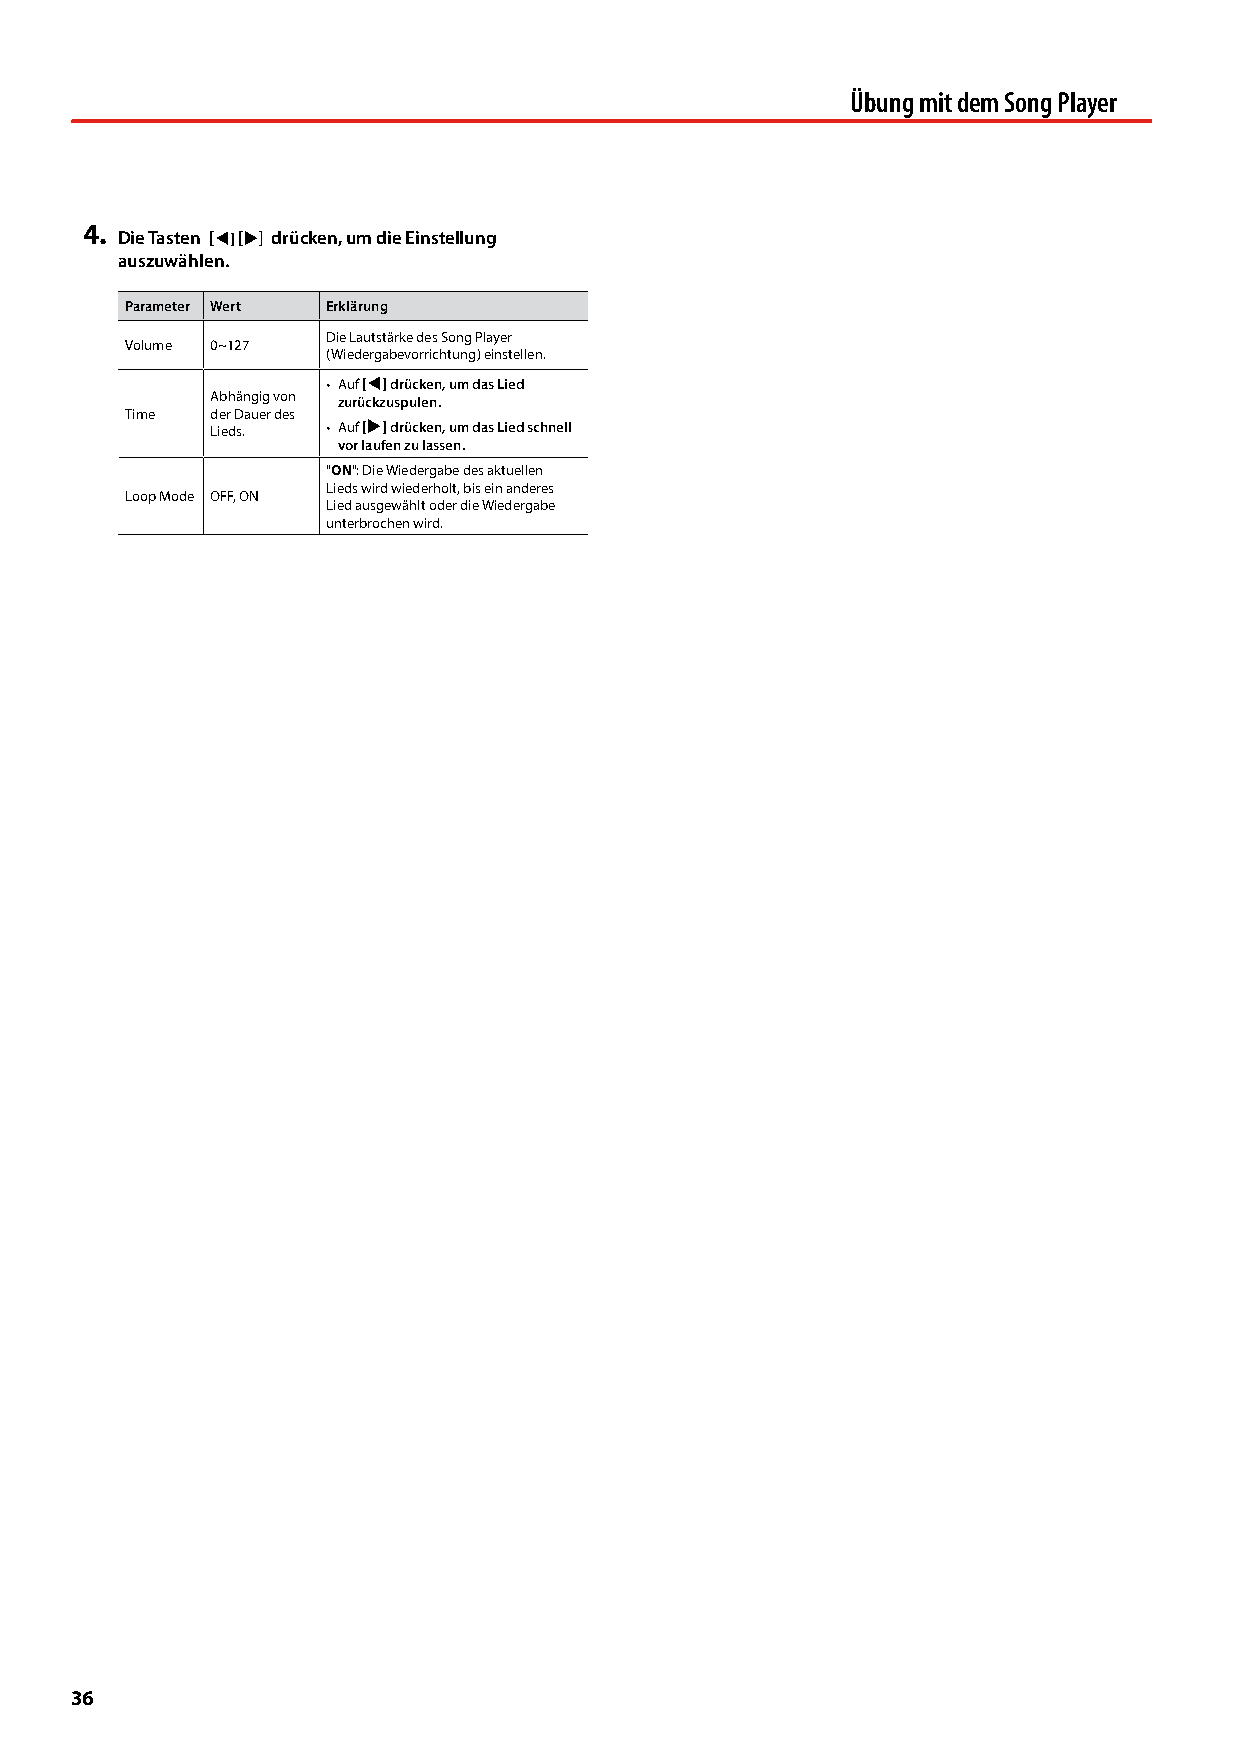
Übung mit dem Song Player
 4.
 Die Tasten [] [] drücken, um die Einstellung
 auszuwählen.
 Parameter Wert Erklärung
 Die Lautstärke des Song Player
 Volume 0~127
 (Wiedergabevorrichtung) einstellen.
 • Auf [] drücken, um das Lied
 Abhängig von zurückzuspulen.
 Time  der Dauer des
 Lieds.  • Auf [] drücken, um das Lied schnell
 vor laufen zu lassen.
 "ON": Die Wiedergabe des aktuellen
 Lieds wird wiederholt, bis ein anderes
 Loop Mode OFF, ON
 Lied ausgewählt oder die Wiedergabe
 unterbrochen wird.
 36